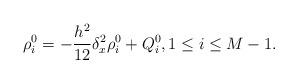
LaTeX: \begin{align*} \rho_i^0=-\frac{h^2}{12}\delta_x^2 \rho_i^0+Q_i^0,1\leq i \leq M-1. \end{align*}